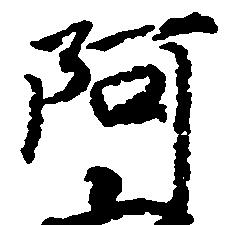
阿